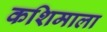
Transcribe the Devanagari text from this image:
कशिमाला